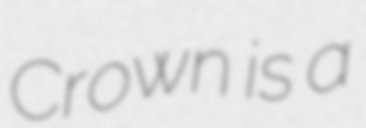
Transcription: Crown is a